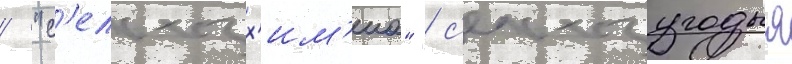
/ "с'ельхозх'им'иа" / с'ельхозугодья